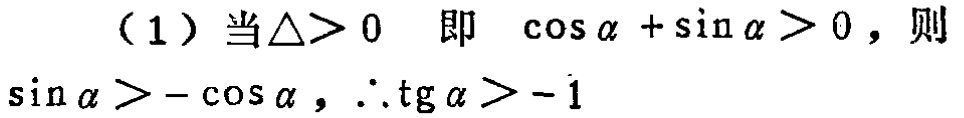
（1）当$\triangle>0$ 即 $\cos\alpha+\sin\alpha>0$，则 $\sin\alpha>-\cos\alpha$，$\therefore\mathrm{tg}\alpha>-1$